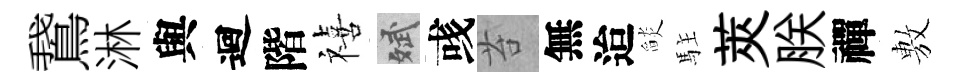
鵞淋與迴階禧斌彧苔無迨𦦨駐莢朕禪𢾾